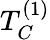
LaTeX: T_{C}^{(1)}